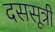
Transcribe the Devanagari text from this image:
दससूत्री